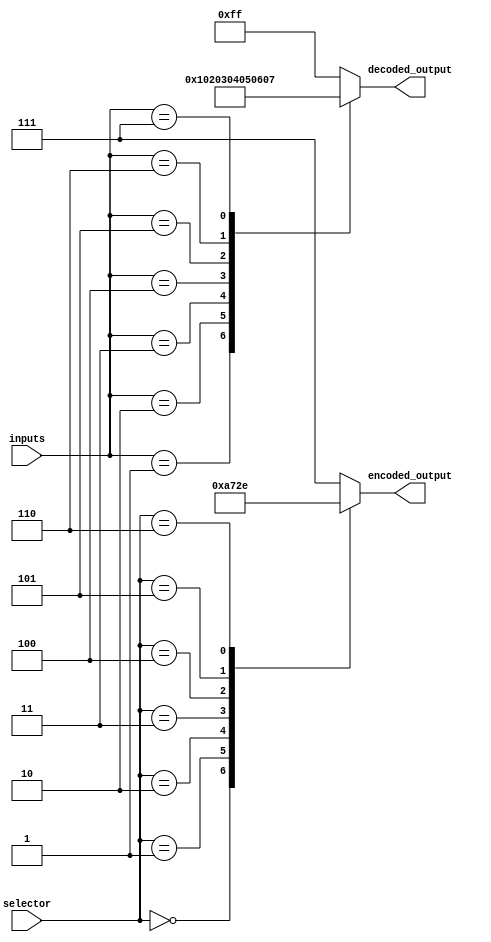
module priority_encoder_decoder(
    input [7:0] inputs,
    input [2:0] selector,
    output reg [2:0] encoded_output,
    output [7:0] decoded_output
);

always @*
begin
    case(selector)
        3'b000: encoded_output = 3'b000;
        3'b001: encoded_output = 3'b001;
        3'b010: encoded_output = 3'b010;
        3'b011: encoded_output = 3'b011;
        3'b100: encoded_output = 3'b100;
        3'b101: encoded_output = 3'b101;
        3'b110: encoded_output = 3'b110;
        default: encoded_output = 3'b111;
    endcase
end

always @*
begin
    case(inputs)
        8'b00000001: decoded_output = 8'b00000001;
        8'b00000010: decoded_output = 8'b00000010;
        8'b00000011: decoded_output = 8'b00000011;
        8'b00000100: decoded_output = 8'b00000100;
        8'b00000101: decoded_output = 8'b00000101;
        8'b00000110: decoded_output = 8'b00000110;
        8'b00000111: decoded_output = 8'b00000111;
        default: decoded_output = 8'b11111111;
    endcase
end

endmodule